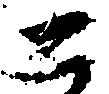
二